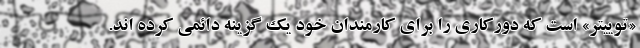
«توییتر» است که دورکاری را برای کارمندان خود یک گزینه دائمی کرده اند.